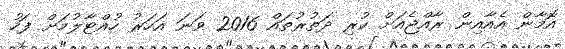
އޮމާން އެއާއިން ރާއްޖެއަށް ކުރި ދަތުރުތައް 2016 ވަނަ އަހަރު ހުއްޓާލުމަށް ފަހު